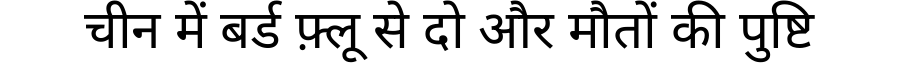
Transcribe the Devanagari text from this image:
चीन में बर्ड फ़्लू से दो और मौतों की पुष्टि